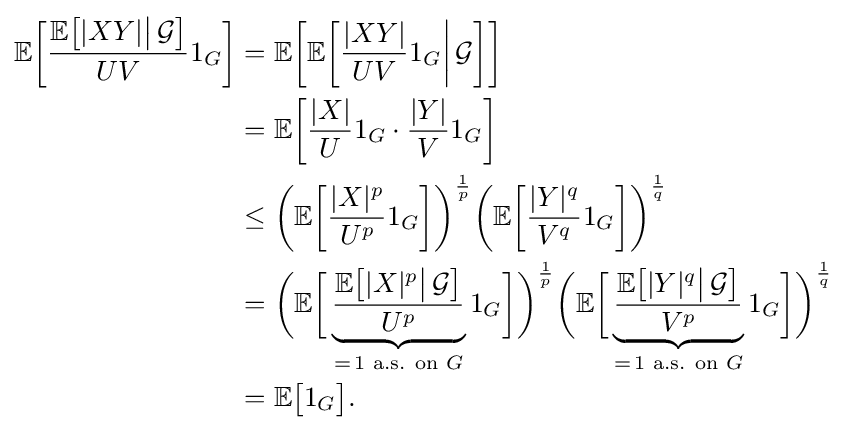
{\begin{aligned}\mathbb {E} {\biggl [}{\frac {\mathbb {E} {\bigl [}|XY|{\big |}\,{\mathcal {G}}{\bigr ]}}{UV}}1_{G}{\biggr ]}&=\mathbb {E} {\biggl [}\mathbb {E} {\biggl [}{\frac {|XY|}{UV}}1_{G}{\bigg |}\,{\mathcal {G}}{\biggr ]}{\biggr ]}\\&=\mathbb {E} {\biggl [}{\frac {|X|}{U}}1_{G}\cdot {\frac {|Y|}{V}}1_{G}{\biggr ]}\\&\leq {\biggl (}\mathbb {E} {\biggl [}{\frac {|X|^{p}}{U^{p}}}1_{G}{\biggr ]}{\biggr )}^{\frac {1}{p}}{\biggl (}\mathbb {E} {\biggl [}{\frac {|Y|^{q}}{V^{q}}}1_{G}{\biggr ]}{\biggr )}^{\frac {1}{q}}\\&={\biggl (}\mathbb {E} {\biggl [}\underbrace {\frac {\mathbb {E} {\bigl [}|X|^{p}{\big |}\,{\mathcal {G}}{\bigr ]}}{U^{p}}} _{=\,1{\text{ a.s. on }}G}1_{G}{\biggr ]}{\biggr )}^{\frac {1}{p}}{\biggl (}\mathbb {E} {\biggl [}\underbrace {\frac {\mathbb {E} {\bigl [}|Y|^{q}{\big |}\,{\mathcal {G}}{\bigr ]}}{V^{p}}} _{=\,1{\text{ a.s. on }}G}1_{G}{\biggr ]}{\biggr )}^{\frac {1}{q}}\\&=\mathbb {E} {\bigl [}1_{G}{\bigr ]}.\end{aligned}}